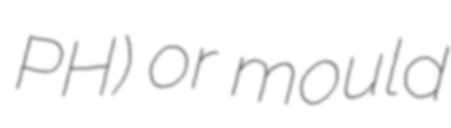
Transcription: PH) or mould